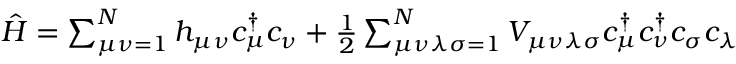
\begin{array} { r } { \hat { H } = \sum _ { \mu \nu = 1 } ^ { N } h _ { \mu \nu } c _ { \mu } ^ { \dagger } c _ { \nu } + \frac { 1 } { 2 } \sum _ { \mu \nu \lambda \sigma = 1 } ^ { N } V _ { \mu \nu \lambda \sigma } c _ { \mu } ^ { \dagger } c _ { \nu } ^ { \dagger } c _ { \sigma } c _ { \lambda } } \end{array}